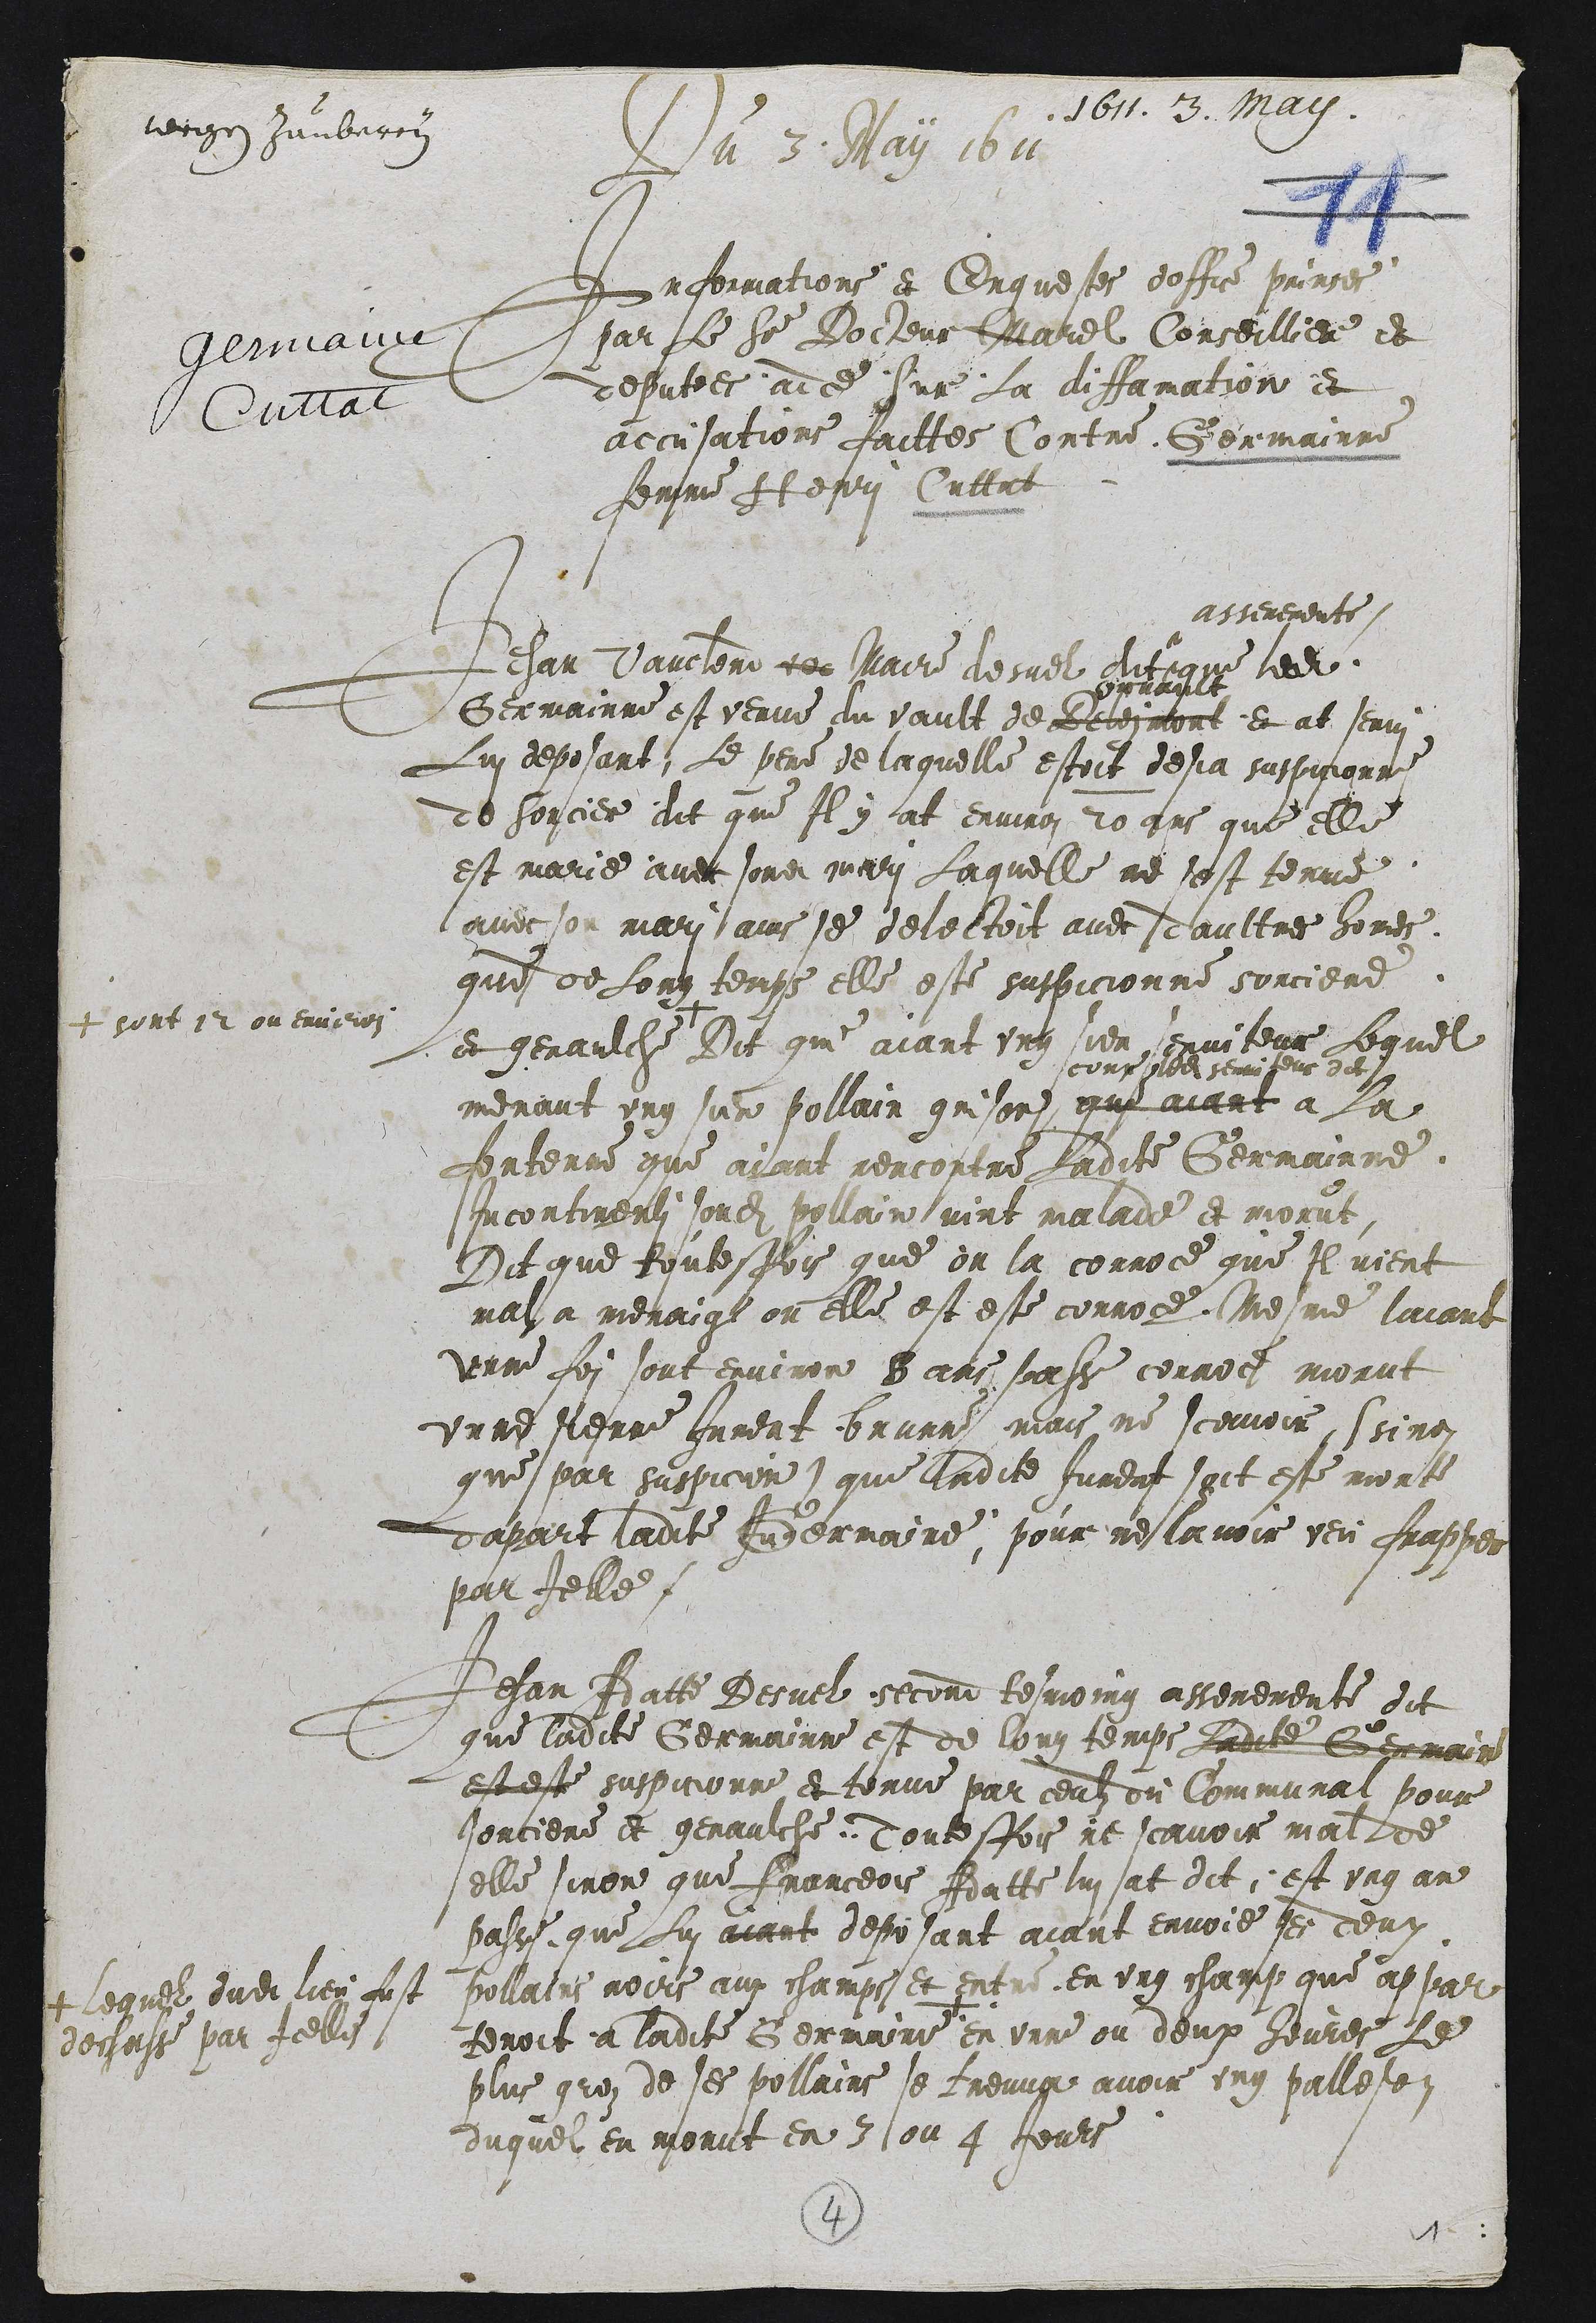
1611. 3. Mari.
rerign Jumbrron
Du 3. May 1611.
Informations et Enquestes doffice pringes
par Le Siur Docjeur Marel Conseillier et
deputees ad ce Sur La difamation et
accusations faittes Contre Germainne
femme Atesui Cuttat

Jehan Vauclend de Maire desuel dit
asseremente
que ledit
Germainne est venue du vault de Belesmont
puvant
et at senri
Lui deposant, Le pere de laquelle estoit desia suspicionne
de sorcier dit que Il y at environ 20 ans que elle
est marie avet sondit mari Laquelle ne sest tenue
avec son mari ains se delectoit avec daultres homes,
que de Long temps elle este suspicionne sorciere
et genaulche
+ sont 12 ou environ
Dit qui aiant ung sien senviteur Lequel
menant ung sur pollain grison
cour moasemiseus dit
que aiant a la
fontenne que aiant rencontre Ladite Germainne
Incontimenti sondit pellain vint malade et morut
Dit que toutesfois que on la corroce que Il vient
mal a menaigl ou elle est este corroge, Mesme laiant
unne foi sont environ 8 ans passe corroes morut
unne sienne Jument brunne mais, ne scavoir, Ssino-
que par suspicion) que ladite Jurent soit este morte
dapart ladite Ardermaire, pour neslavoir veu frappes
par Jelle

Jehan Adatte Desuel second tesmoing asseremente dit
que ladite Germainne est de lonz temps Ladite Germait
est este suspicionne et tonue par ceulz du Communait pour
sorciere et genaulche. Toutesfois ne scavoir malde
elle sinon que Franceois Adatte lui at dit, est ung an
passe que Lui aiant deposant aiant envoie ses deux
pollains noirs aux champs et entre en ung champ que appar
tenoit a ladite Germaire
+ lequel dudit lieu fust
degasse par Icelle
en unne ou deux heures Le
plus groz de ses pollains se treuva avoir ung pallesei
duquel en morut en 3 lou 4 Jeurs

2
1